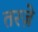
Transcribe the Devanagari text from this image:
तरज़े